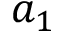
a _ { 1 }